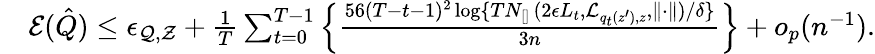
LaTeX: \begin{array}{rl}&{\mathcal{E}(\hat{Q})\leq\epsilon_{\mathcal{Q},\mathcal{Z}}+\frac{1}{T}\sum_{t=0}^{T-1}\left\{ \frac{56(T-t-1)^{2}\log\{ {TN_{\mathrm{[]~}}(2\epsilon L_{t},\mathcal{L}_{q_{t}(z^{\prime}),z},\| \cdot\| )}/{\delta}\} }{3n}\right\} +o_{p}(n^{-1}).}\end{array}